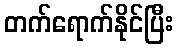
တက်ရောက်နိုင်ပြီး